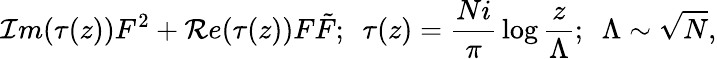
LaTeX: {\cal I}m(\tau(z))F^{2}+{\cal R}e(\tau(z))F\tilde{F};\, \, \, \tau(z)={\frac{Ni}{\pi}}\log{\frac{z}{\Lambda}};\, \, \, \Lambda\sim{\sqrt N},